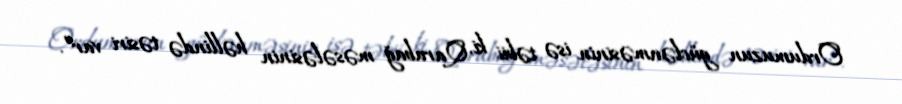
Ordumuzun güclənməsinin isə təbii ki, Qarabağ məsələsinin həllində təsiri var”.